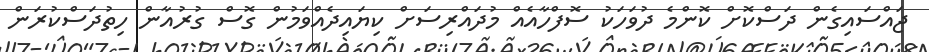
ޖައްސައިގެން ދަސްކޮށް ކޮންމެ ދުވަހަކު ސޮފްހާއެއް މުދައްރިސަށް ކިޔައިދެއްވަމުން ގޮސް ގުރުއާން ހިތުދަސްކުރަން